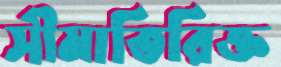
সীমাতিরিক্ত